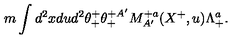
m \int d ^ { 2 } x d u d ^ { 2 } \theta _ { + } ^ { + } \theta _ { + } ^ { + A ^ { \prime } } M _ { A ^ { \prime } } ^ { + a } ( X ^ { + } , u ) \Lambda _ { + } ^ { a } .